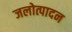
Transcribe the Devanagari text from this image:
जलोत्पादन